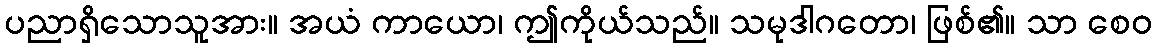
ပညာရှိသောသူအား။ အယံ ကာယော၊ ဤကိုယ်သည်။ သမုဒါဂတော၊ ဖြစ်၏။ သာ စေဝ